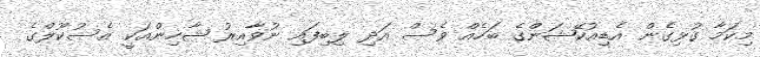
މިކަމާ ގުޅިގެން އެޑިއުކޭޝަންގެ ބަހެއް ވެސް އަދި ލިބިފައި ނުވާއިރު ޝާހިންއަކީ އެސުކޫލްގެ